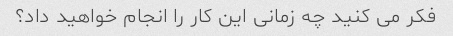
فکر می کنید چه زمانی این کار را انجام خواهید داد؟